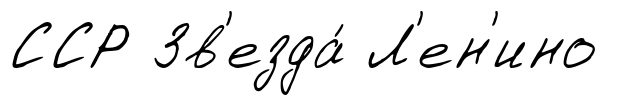
ССР Зв'езда́ Л'ен'ино